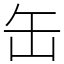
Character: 缶